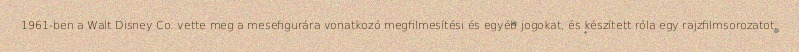
1961-ben a Walt Disney Co. vette meg a mesefigurára vonatkozó megfilmesítési és egyéb jogokat, és készített róla egy rajzfilmsorozatot.